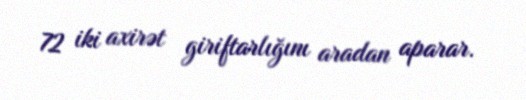
72 iki axirət giriftarlığını aradan aparar.